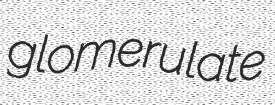
glomerulate